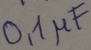
Text: 0,1µF